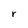
Character: r